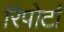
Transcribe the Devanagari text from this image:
रिपोर्टां